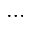
\dots